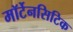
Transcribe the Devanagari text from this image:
मॉर्टेनसिटिक